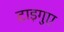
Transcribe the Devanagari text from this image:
टाइगुए